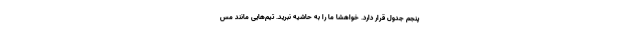
پنجم جدول قرار دارد. خواهشا ما را به حاشیه نبرید. تیم‌هایی مانند مس